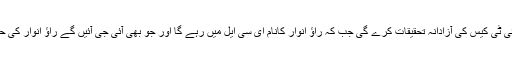
عدالت نے حکم دیا کہ جے آئی ٹی کیس کی آزادانہ تحقیقات کرے گی جب کہ راؤ انوار کانام ای سی ایل میں رہے گا اور جو بھی آئی جی آئیں گے راؤ انوار کی حفاظت کے ذمہ دار ہوں گے۔